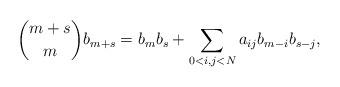
LaTeX: \begin{align*}\binom{m+s}{m} b_{m+s} = b_mb_s + \sum_{0< i,j < N}a_{ij}b_{m-i}b_{s-j},\end{align*}